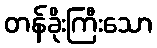
တန်ခိုးကြီးသော